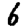
Digit: 6